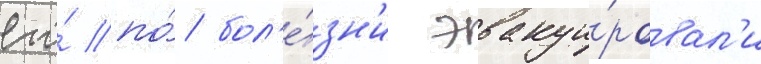
его́ по́ бол'е́зн'и эвакуи́ровал'и